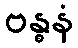
ဗန္ဓနံ